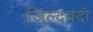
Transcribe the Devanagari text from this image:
जिल्दबंदी